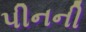
પીનની